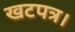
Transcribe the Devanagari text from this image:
खटपत्र।